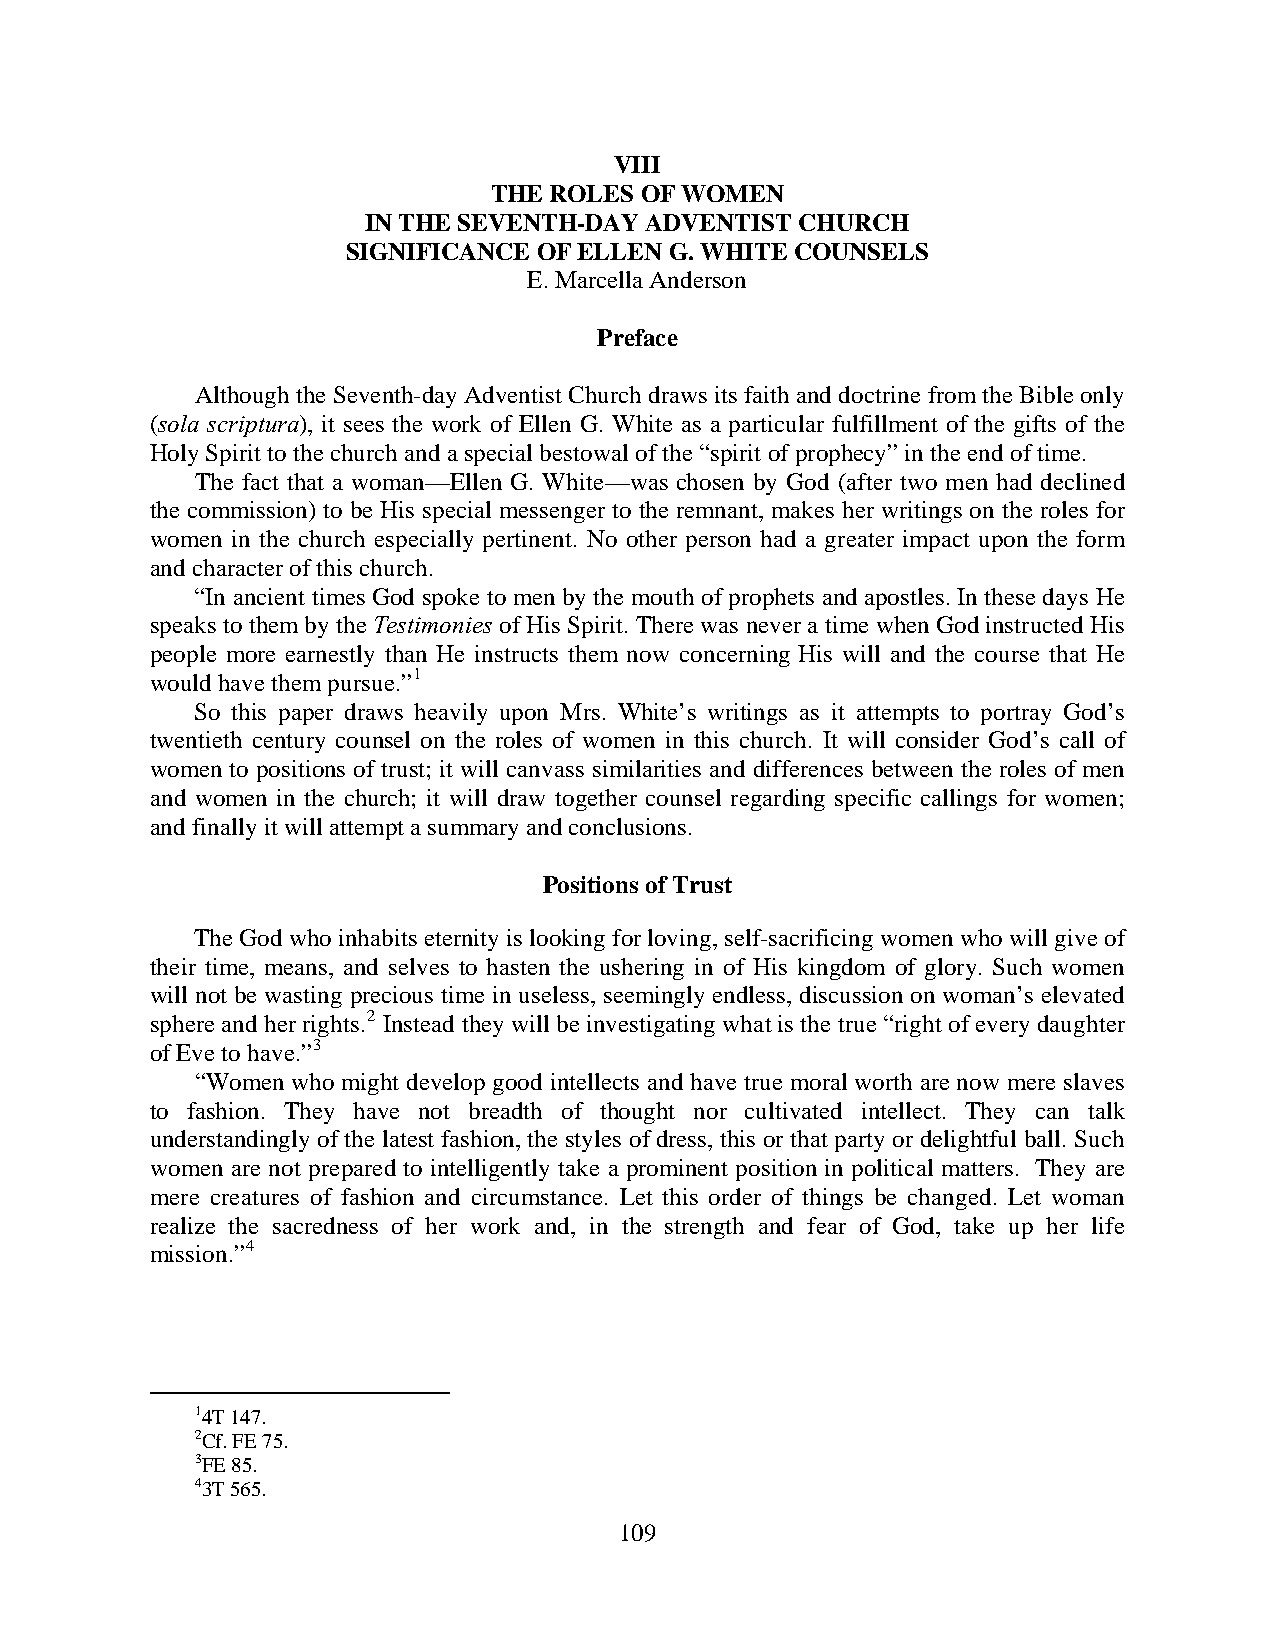
VIII
 THE ROLES OF WOMEN
 IN THE SEVENTH-DAY ADVENTIST CHURCH
 SIGNIFICANCE OF ELLEN G. WHITE COUNSELS
 E. Marcella Anderson
 Preface
 Although the Seventh-day Adventist Church draws its faith and doctrine from the Bible only
 (sola scriptura), it sees the work of Ellen G. White as a particular fulfillment of the gifts of the
 Holy Spirit to the church and a special bestowal of the “spirit of prophecy” in the end of time.
 The fact that a woman—Ellen G. White—was chosen by God (after two men had declined
 the commission) to be His special messenger to the remnant, makes her writings on the roles for
 women in the church especially pertinent. No other person had a greater impact upon the form
 and character of this church.
 “In ancient times God spoke to men by the mouth of prophets and apostles. In these days He
 speaks to them by the Testimonies of His Spirit. There was never a time when God instructed His
 people more earnestly than He instructs them now concerning His will and the course that He
 would have them pursue.”1
 So this paper draws heavily upon Mrs. White’s writings as it attempts to portray God’s
 twentieth century counsel on the roles of women in this church. It will consider God’s call of
 women to positions of trust; it will canvass similarities and differences between the roles of men
 and women in the church; it will draw together counsel regarding specific callings for women;
 and finally it will attempt a summary and conclusions.
 Positions of Trust
 The God who inhabits eternity is looking for loving, self-sacrificing women who will give of
 their time, means, and selves to hasten the ushering in of His kingdom of glory. Such women
 will not be wasting precious time in useless, seemingly endless, discussion on woman’s elevated
 sphere and her rights.2 Instead they will be investigating what is the true “right of every daughter
 of Eve to have.”3
 “Women who might develop good intellects and have true moral worth are now mere slaves
 to fashion. They have not breadth of thought nor cultivated intellect. They can talk
 understandingly of the latest fashion, the styles of dress, this or that party or delightful ball. Such
 women are not prepared to intelligently take a prominent position in political matters. They are
 mere creatures of fashion and circumstance. Let this order of things be changed. Let woman
 realize the sacredness of her work and, in the strength and fear of God, take up her life
 mission.”4
 14T 147.
 2Cf. FE 75.
 3FE 85.
 43T 565.
 109